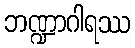
ဘဏ္ဍာဂါရဿ